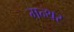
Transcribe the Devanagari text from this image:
मन्थर